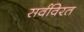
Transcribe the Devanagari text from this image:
सर्वविरत